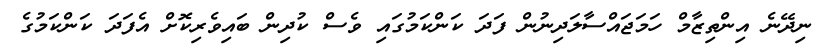
ނިދޭނެ އިންތިޒާމް ހަމަޖައްސާލަދިނުން ފަދަ ކަންކަމުގައި ވެސް ކުދިން ބައިވެރިކޮށް އެފަދަ ކަންކަމުގެ